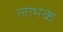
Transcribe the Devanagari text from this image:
लाभके